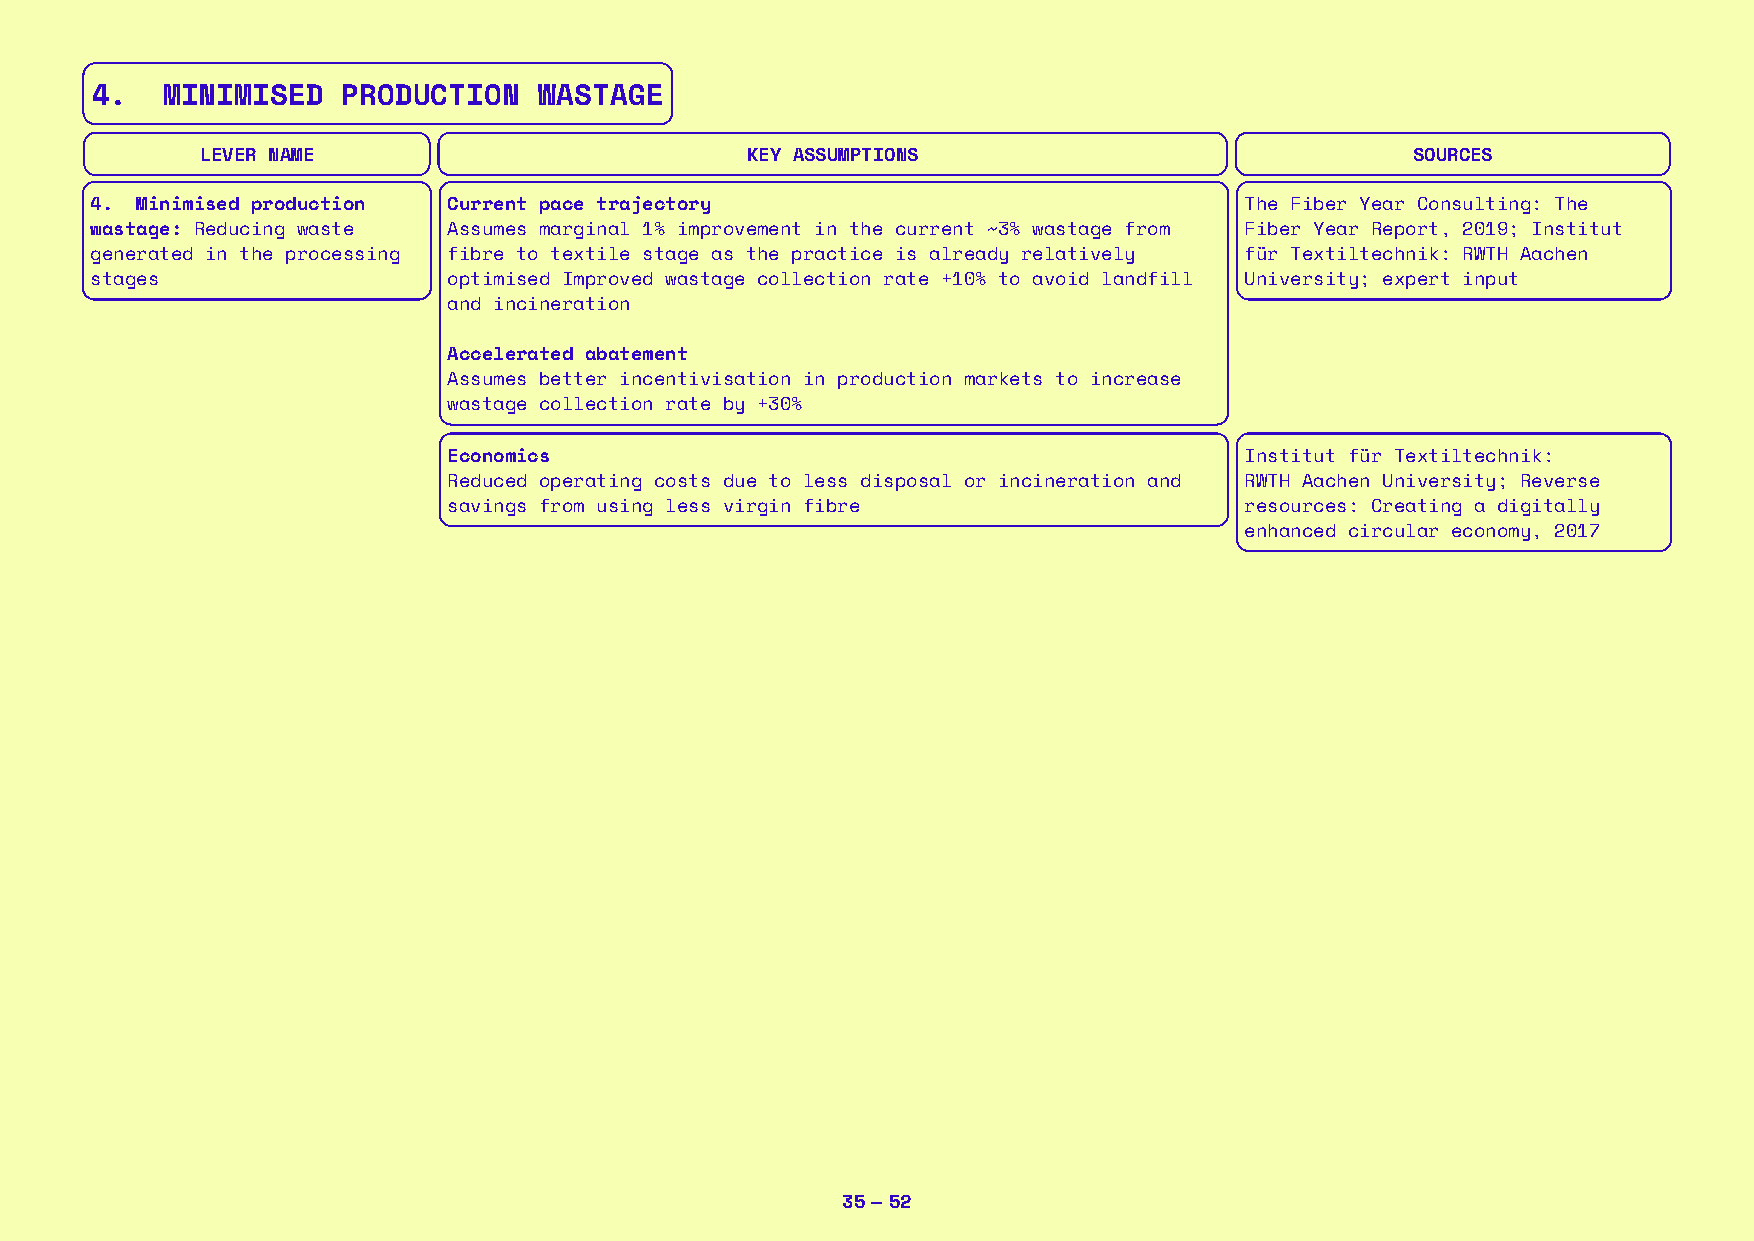
4.   MINIMISED   PRODUCTION   WASTAGE
 LEVER NAME                          KEY ASSUMPTIONS                              SOURCES
 4. Minimised production Current pace trajectory                             The Fiber Year Consulting: The
 wastage: Reducing waste Assumes marginal 1% improvement in the current ~3% wastage from Fiber Year Report, 2019; Institut
 generated in the processing fibre to textile stage as the practice is already relatively für Textiltechnik: RWTH Aachen
 stages                  optimised Improved wastage collection rate +10% to avoid landfill University; expert input
 and incineration
 Accelerated abatement
 Assumes better incentivisation in production markets to increase
 wastage collection rate by +30%
 Economics                                           Institut für Textiltechnik:
 Reduced operating costs due to less disposal or incineration and RWTH Aachen University; Reverse
 savings from using less virgin fibre                resources: Creating a digitally
 enhanced circular economy, 2017
 35 — 52